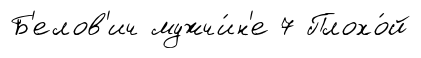
Б'елов'ич мужчи́н'е 7 Плохо́й